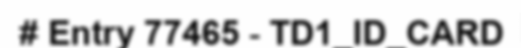
# Entry 77465 - TD1_ID_CARD